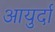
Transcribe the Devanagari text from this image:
आयुर्दा